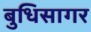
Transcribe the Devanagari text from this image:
बुधिसागर